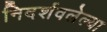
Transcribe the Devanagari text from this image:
निदर्शवलेल्या